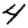
Digit: 4